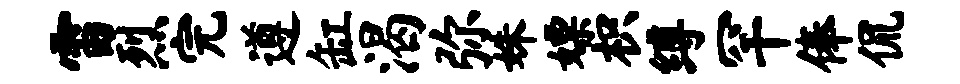
雷烈完遵缸渴弥姝嫖枳缚罕俸侃